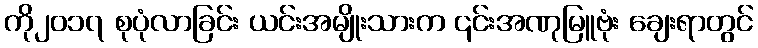
ကို၂၀၁၇ စုပုံလာခြင်း ယင်းအမျိုးသားက ၎င်းအဏုမြူဗုံး ချေးရာတွင်